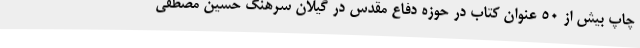
چاپ بیش از 50 عنوان کتاب در حوزه دفاع مقدس در گیلان سرهنگ حسین مصطفی